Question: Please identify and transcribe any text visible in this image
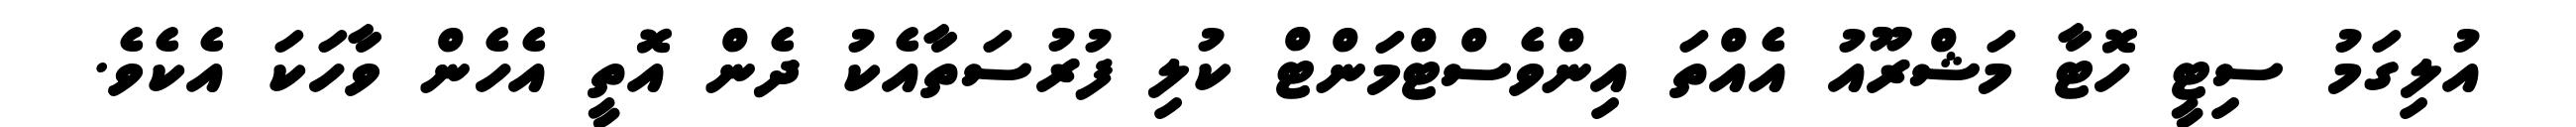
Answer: އުލިގަމު ސިޓީ ހޮޓާ މަޝްރޫއު އެއްތަ އިންވެސްޓްމަންޓް ކުލި ފުރުސަތާއެކު ދެން އޮތީ އެހެން ވާހަކަ އެކެވެ.